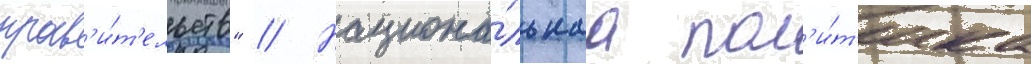
прав'и́т'ельств" // Национа́льнаа пол'и́т'ика